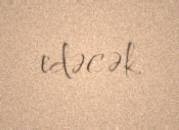
edəcək.